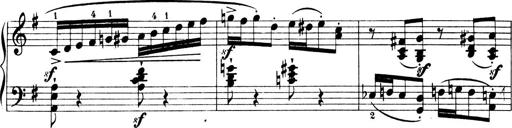
Title: 4 Sonatines
Composer: Max Reger